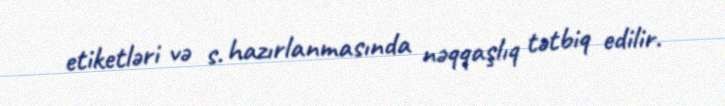
etiketləri və s. hazırlanmasında nəqqaşlıq tətbiq edilir.